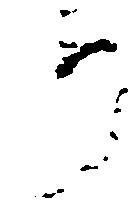
り